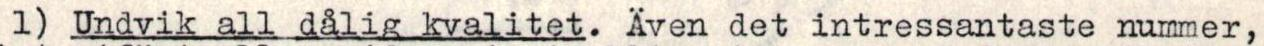
1) Undvik all dålig kvalitet. Även det intressantaste nummer,